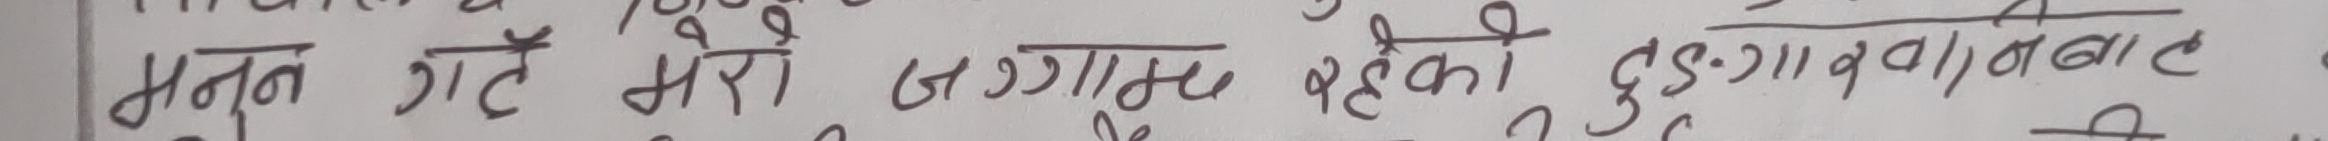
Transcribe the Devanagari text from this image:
नून गरे मेरो जग्गाम छेकी दुर्गावनबाट